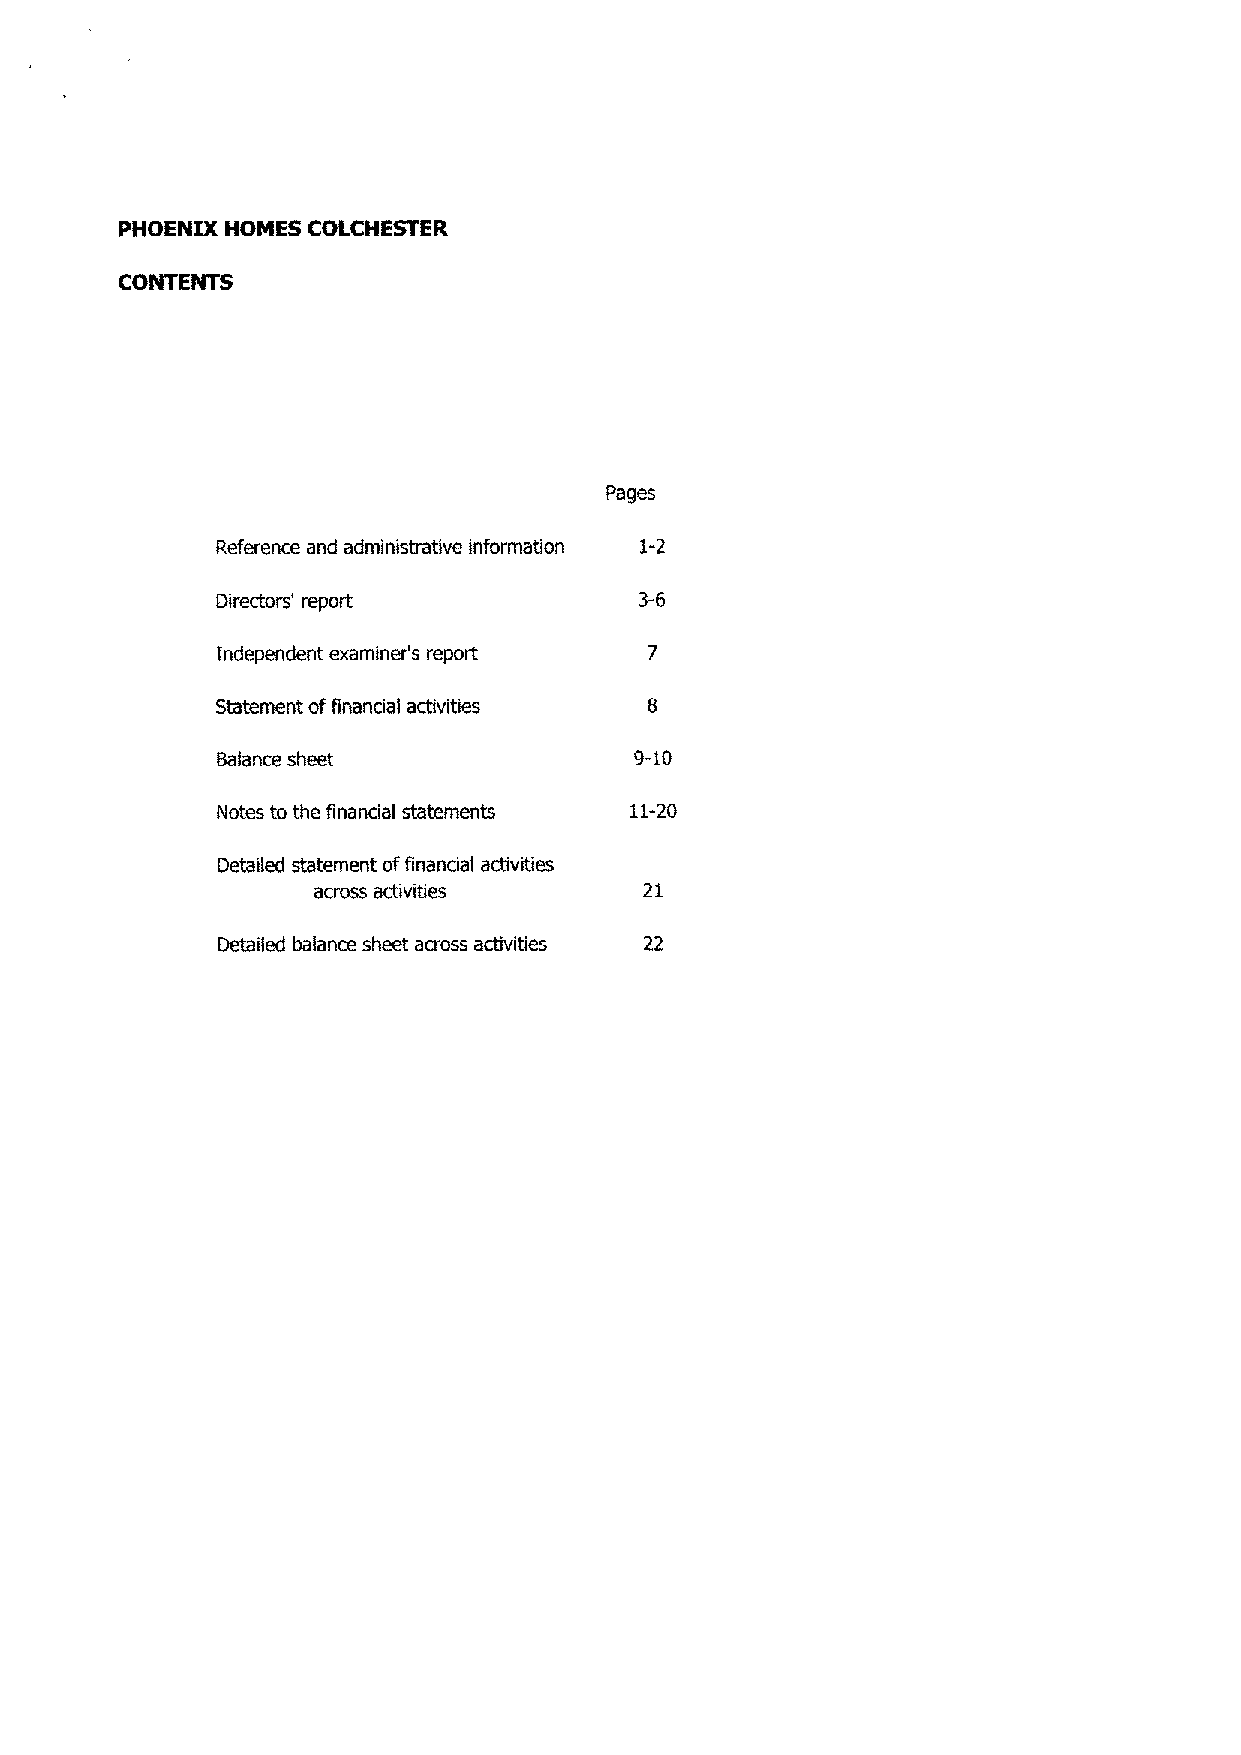
PHOENIX HOMES COLCHESTER
 CONTENTS
 Pages
 Reference and administrative information i-2
 Directors' report           3-6
 Independent examiner's report
 Statement of financial activities
 Balance sheet               9-10
 Notes to the financial statements 11-20
 Detailed statement of financial activities
 across activities    21
 Detailed balance sheet across activities 22